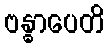
ဗန္ဓာပေတိ